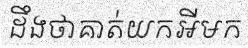
ដឹងថាគាត់យកអីមក